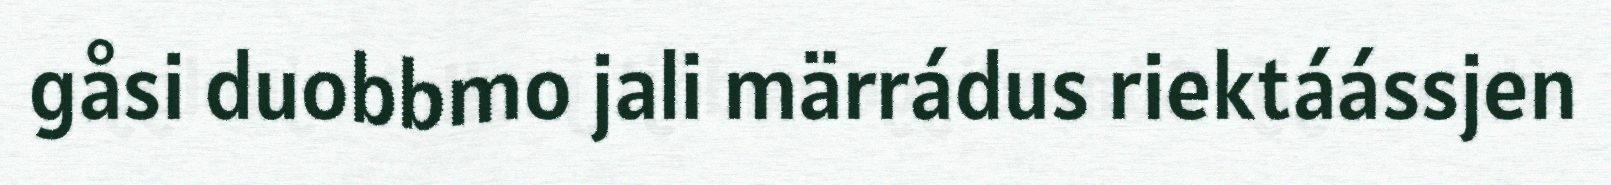
gåsi duobbmo jali märrádus riektáássjen